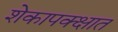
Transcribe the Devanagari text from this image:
शेकापक्क्षात